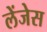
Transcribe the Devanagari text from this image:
लेंजेस